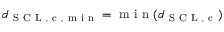
d _ { \mathrm { ~ S ~ C ~ L ~ , ~ c ~ , ~ m ~ i ~ n ~ } } = \mathrm { ~ m ~ i ~ n ~ } ( d _ { \mathrm { ~ S ~ C ~ L ~ , ~ c ~ } } )